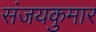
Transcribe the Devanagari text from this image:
संजयकुमार